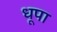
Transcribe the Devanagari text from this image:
धूपा